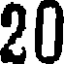
20